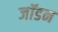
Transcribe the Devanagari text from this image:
जॉडन